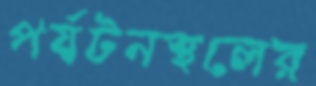
পর্যটনস্থলের